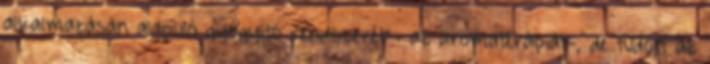
alkalmazásán alapuló gyógyító rendszerét”- az aromaterápiát-, de tudott az